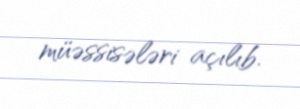
müəssisələri açılıb.